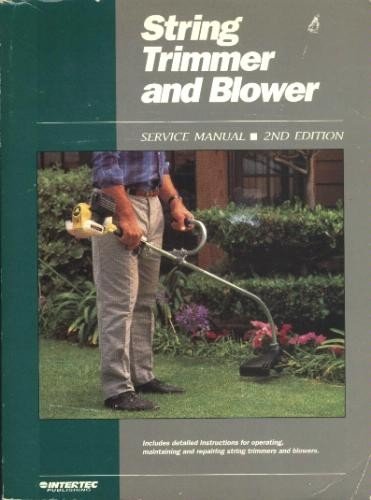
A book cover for String Trimmer and Blower (Service Manual); Intertec Publishing Corporation; Engineering & Transportation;